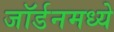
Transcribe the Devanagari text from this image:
जॉर्डनमध्ये